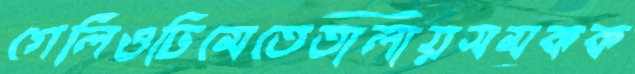
গেলিওঢিমেতেতালায়সমকক